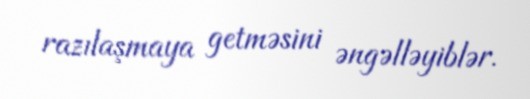
razılaşmaya getməsini əngəlləyiblər.